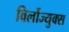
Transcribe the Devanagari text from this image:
विर्लोज्युक्स